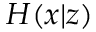
H ( x | z )